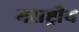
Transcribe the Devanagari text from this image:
मराष्ट्रीय